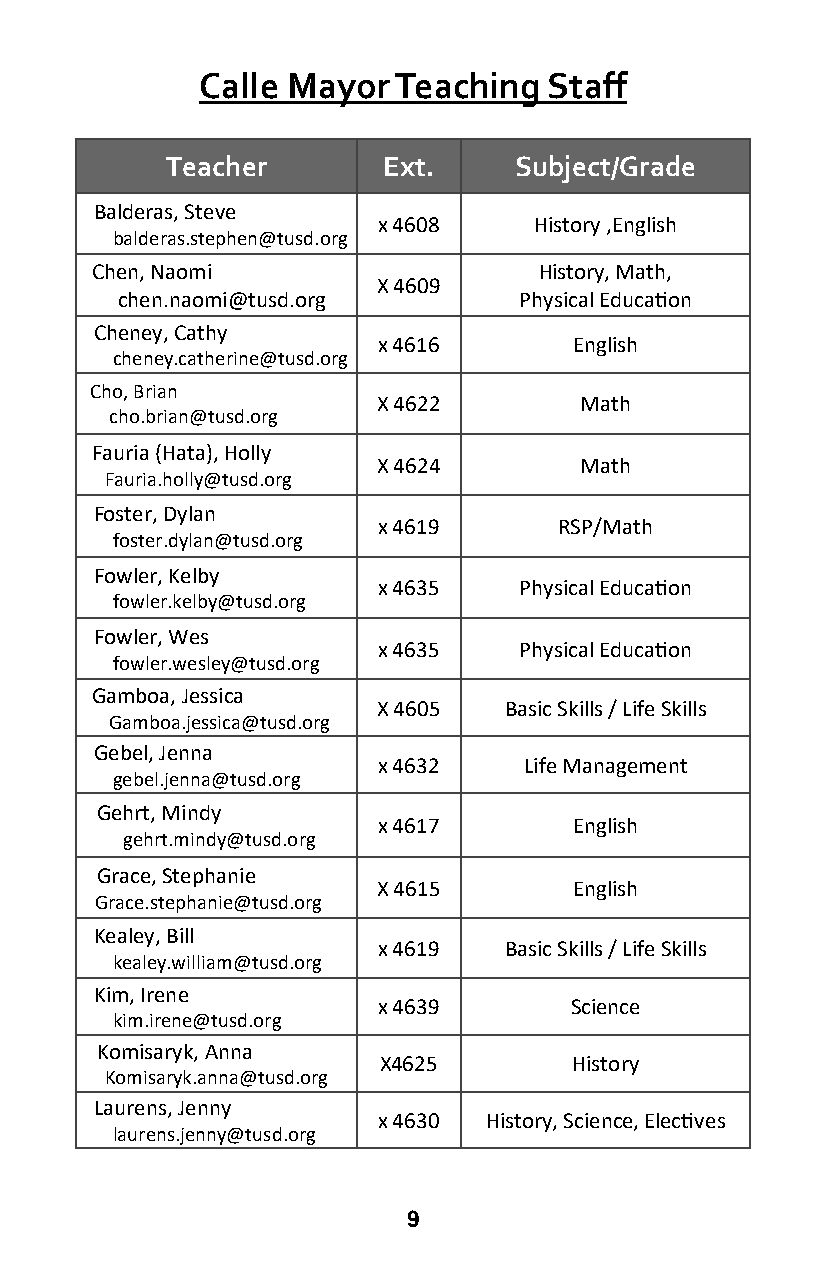
Calle Mayor  Teaching  Staff
 Teacher       Ext.     Subject/Grade
 Balderas, Steve
 x 4608    History ,English
 balderas.stephen@tusd.org
 Chen, Naomi                   History, Math,
 X 4609
 chen.naomi@tusd.org       Physical Education
 Cheney, Cathy
 x 4616       English
 cheney.catherine@tusd.org
 Cho, Brian
 X 4622       Math
 cho.brian@tusd.org
 Fauria (Hata), Holly
 X 4624       Math
 Fauria.holly@tusd.org
 Foster, Dylan
 x 4619      RSP/Math
 foster.dylan@tusd.org
 Fowler, Kelby
 x 4635   Physical Education
 fowler.kelby@tusd.org
 Fowler, Wes
 x 4635   Physical Education
 fowler.wesley@tusd.org
 Gamboa, Jessica
 X 4605  Basic Skills / Life Skills
 Gamboa.jessica@tusd.org
 Gebel, Jenna
 x 4632    Life Management
 gebel.jenna@tusd.org
 Gehrt, Mindy
 x 4617       English
 gehrt.mindy@tusd.org
 Grace, Stephanie
 X 4615       English
 Grace.stephanie@tusd.org
 Kealey, Bill
 x 4619  Basic Skills / Life Skills
 kealey.william@tusd.org
 Kim, Irene
 x 4639       Science
 kim.irene@tusd.org
 Komisaryk, Anna
 X4625        History
 Komisaryk.anna@tusd.org
 Laurens, Jenny
 x 4630 History, Science, Electives
 laurens.jenny@tusd.org
 9